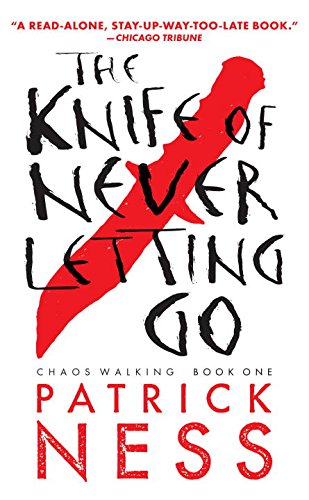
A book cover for The Knife of Never Letting Go (Reissue with bonus short story): Chaos Walking: Book One; Patrick Ness; Teen & Young Adult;